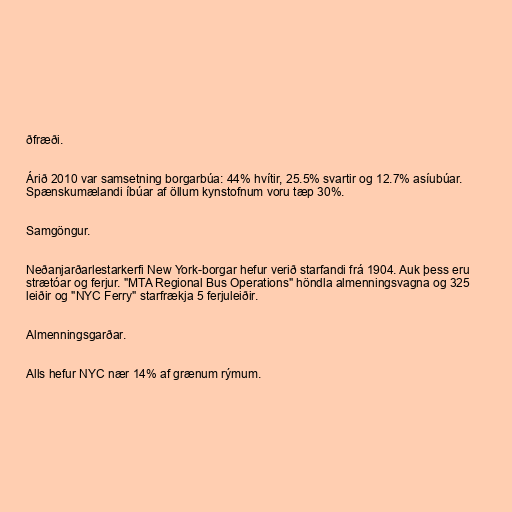
ðfræði.

Árið 2010 var samsetning borgarbúa: 44% hvítir, 25.5% svartir og 12.7% asíubúar.
Spænskumælandi íbúar af öllum kynstofnum voru tæp 30%.

Samgöngur.

Neðanjarðarlestarkerfi New York-borgar hefur verið starfandi frá 1904. Auk þess eru
strætóar og ferjur. "MTA Regional Bus Operations" höndla almenningsvagna og 325
leiðir og "NYC Ferry" starfrækja 5 ferjuleiðir.

Almenningsgarðar.

Alls hefur NYC nær 14% af grænum rýmum.